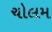
ચોલમ